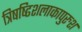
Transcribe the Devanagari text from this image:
त्रिषष्ढिशलाकापुरुश